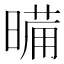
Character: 𭧉